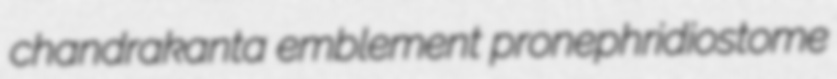
chandrakanta emblement pronephridiostome